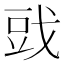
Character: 𰒪